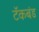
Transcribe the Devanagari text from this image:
टॅंकबंड